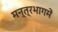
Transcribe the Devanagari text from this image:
मन्त्रभागमें